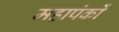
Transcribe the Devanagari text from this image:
महापंकों